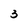
Character: 3